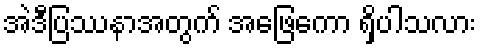
အဲဒီပြဿနာအတွက် အဖြေကော ရှိပါသလား